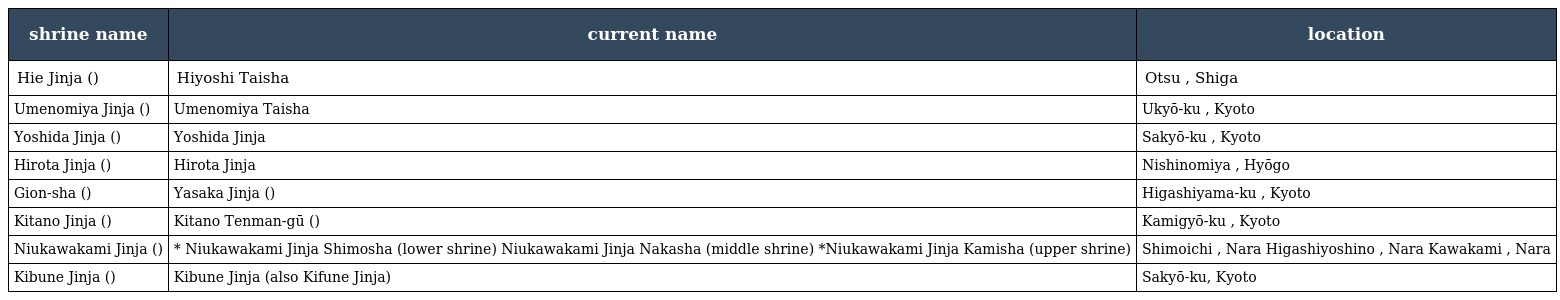
| shrine name | current name | location |
 | --- | --- | --- |
 | Hie Jinja (日吉神社) | Hiyoshi Taisha | Otsu , Shiga |
 | Umenomiya Jinja (梅宮神社) | Umenomiya Taisha | Ukyō-ku , Kyoto |
 | Yoshida Jinja (吉田神社) | Yoshida Jinja | Sakyō-ku , Kyoto |
 | Hirota Jinja (廣田神社) | Hirota Jinja | Nishinomiya , Hyōgo |
 | Gion-sha (祇園社) | Yasaka Jinja (八坂神社) | Higashiyama-ku , Kyoto |
 | Kitano Jinja (北野神社) | Kitano Tenman-gū (北野天満宮) | Kamigyō-ku , Kyoto |
 | Niukawakami Jinja (丹生川上神社) | * Niukawakami Jinja Shimosha (lower shrine) Niukawakami Jinja Nakasha (middle shrine) *Niukawakami Jinja Kamisha (upper shrine) | Shimoichi , Nara Higashiyoshino , Nara Kawakami , Nara |
 | Kibune Jinja (貴船神社) | Kibune Jinja (also Kifune Jinja) | Sakyō-ku, Kyoto |